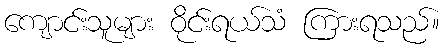
ကျောင်းသူများ ဝိုင်းရယ်သံ ကြားရသည်။